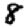
Digit: 8